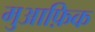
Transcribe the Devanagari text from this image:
मुआफ़िक